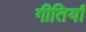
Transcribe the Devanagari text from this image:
गीतियाँ